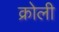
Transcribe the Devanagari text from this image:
क्रोली